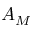
A _ { M }